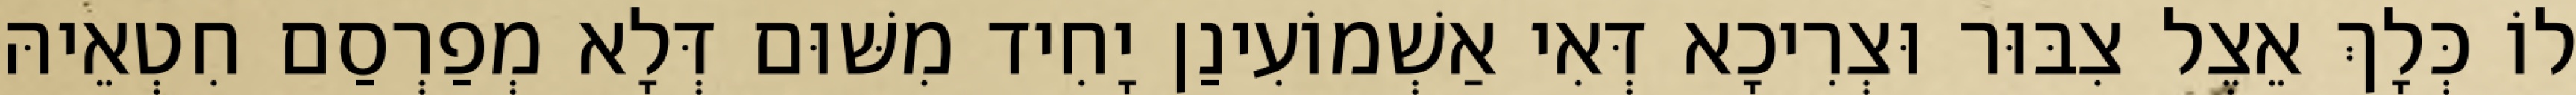
לוֹ כְּלָךְ אֵצֶל צִבּוּר וּצְרִיכָא דְּאִי אַשְׁמוֹעִינַן יָחִיד מִשּׁוּם דְּלָא מְפַרְסַם חִטְאֵיהּ